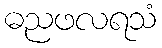
ဓညဖလရသံ